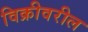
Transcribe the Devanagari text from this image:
विक्रीवरील